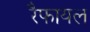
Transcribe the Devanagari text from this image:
रैफायल